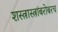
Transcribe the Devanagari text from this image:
शस्त्रास्त्रांबरोबरच